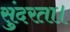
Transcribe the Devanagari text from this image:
सुंदरता।